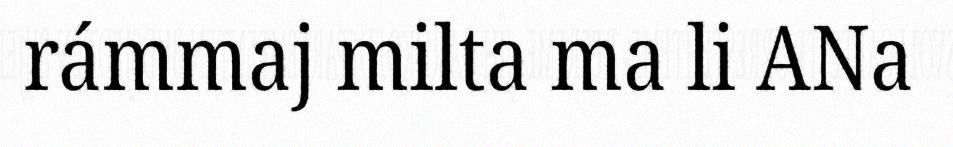
rámmaj milta ma li ANa